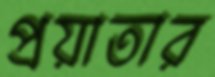
প্রয়াতার